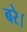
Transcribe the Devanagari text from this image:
बरे।